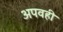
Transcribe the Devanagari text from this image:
अपवही